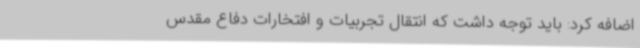
اضافه کرد: باید توجه داشت که انتقال تجربیات و افتخارات دفاع‌ مقدس